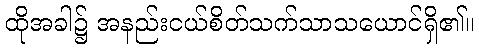
ထိုအခါ၌ အနည်းငယ်စိတ်သက်သာသယောင်ရှိ၏။